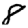
Digit: 8